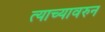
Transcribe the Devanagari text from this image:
त्याच्यावरुन